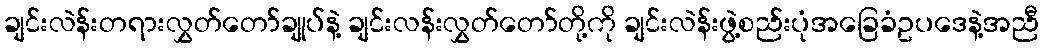
ချင်းလဲန်းတရားလွှတ်တော်ချုပ်နဲ့ ချင်းလန်းလွှတ်တော်တို့ကို ချင်းလဲန်းဖွဲ့စည်းပုံအခြေခံဥပဒေနဲ့အညီ